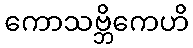
ကောသဗ္ဘိကေဟိ